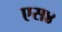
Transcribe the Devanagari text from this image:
एस४